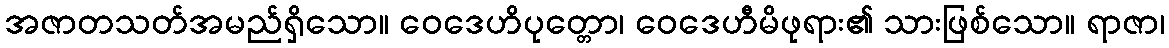
အဇာတသတ်အမည်ရှိသော။ ဝေဒေဟိပုတ္တော၊ ဝေဒေဟီမိဖုရား၏ သားဖြစ်သော။ ရာဇာ၊